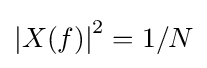
\left|X(f)\right|^{2}=1/N